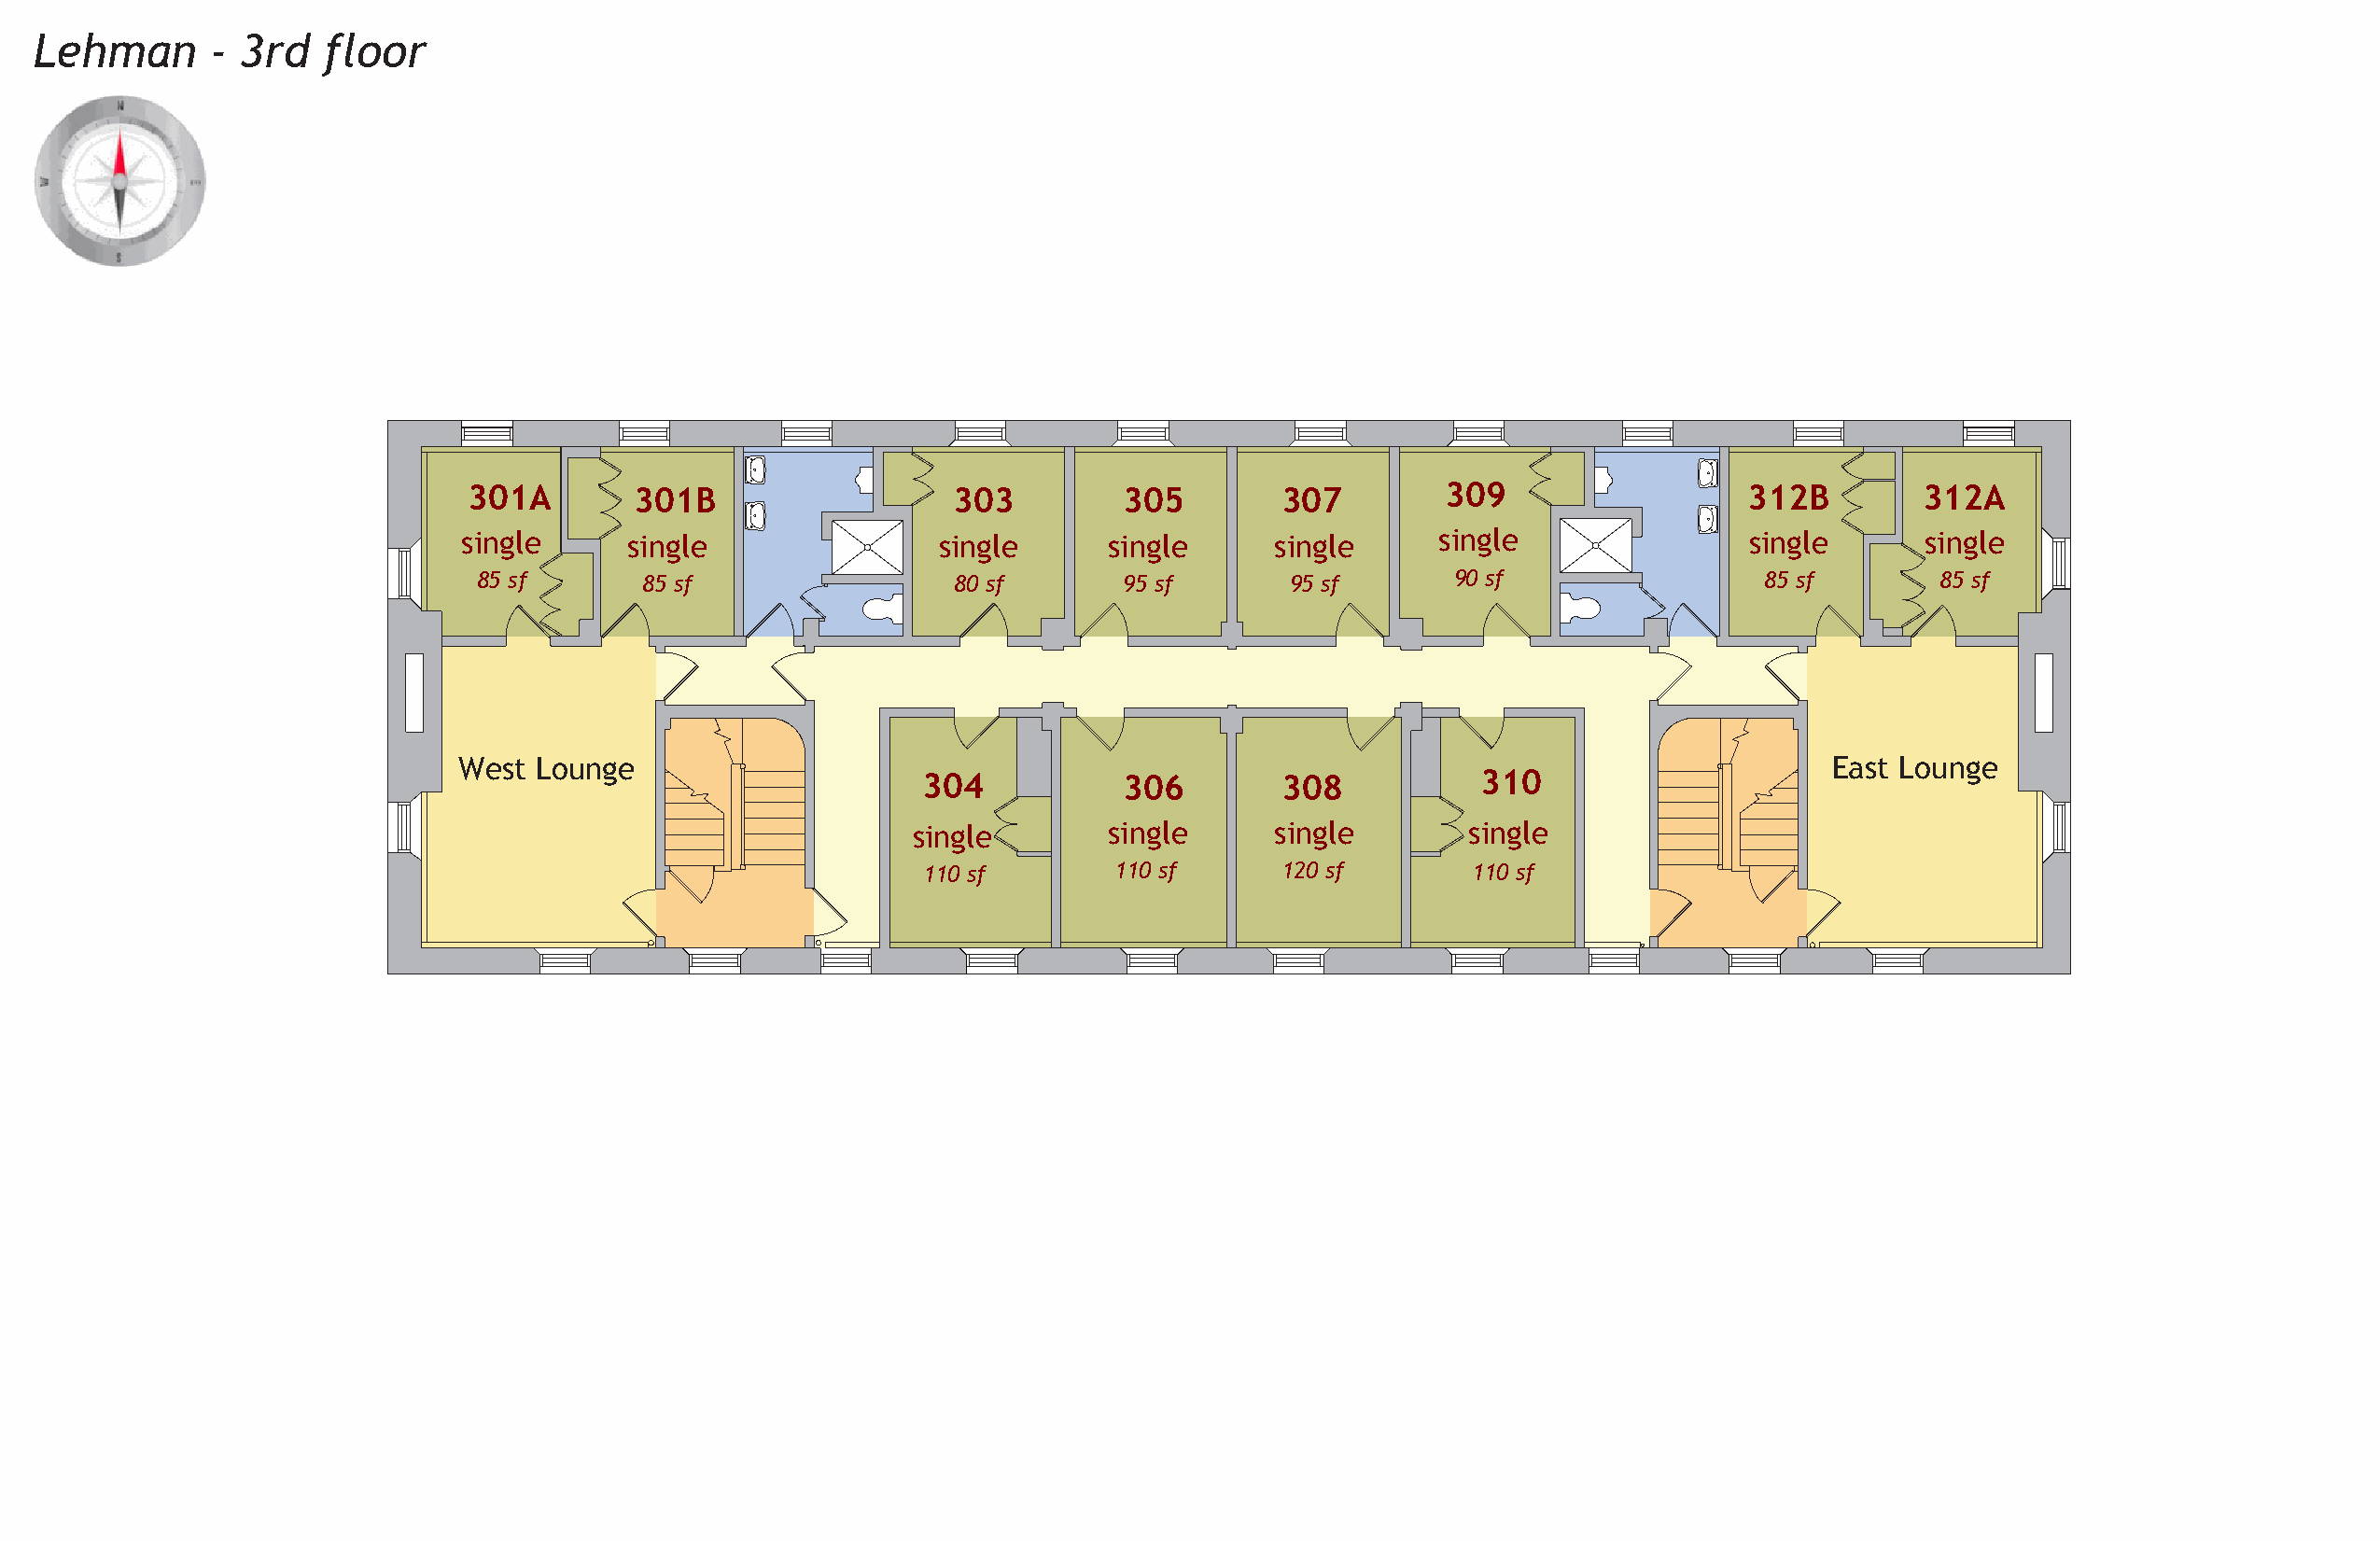
Lehman       - 3rd   floor
 301A        301B                   303         305        307         309                  312B        312A
 single     single                 single      single     single      single                single       single
 85 sf       85 sf                 80 sf       95 sf      95 sf       90 sf                 85 sf        85 sf
 West Lounge                                                                                      East Lounge
 304            306        308           310
 single        single     single        single
 110 sf        110 sf      120 sf       110 sf